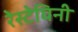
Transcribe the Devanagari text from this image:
रेस्टेघिनी